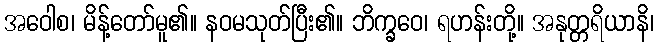
အဝေါစ၊ မိန့်တော်မူ၏။ နဝမသုတ်ပြီး၏။ ဘိက္ခဝေ၊ ရဟန်းတို့။ အနုတ္တရိယာနိ၊